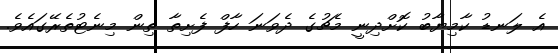
އެ ލަނޑު ކާމިޔާބު ކޮށްދިނީ މެޗުގެ ދެވަނަ ހާފް ފެށިތާ ތިން މިނެޓުތެރޭގައެވެ.